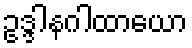
ဥဒ္ဒါနဂါထာယော